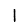
Digit: 1